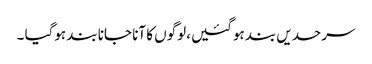
سرحدیں بند ہوگئیں، لوگوں کا آنا جانا بند ہوگیا ۔